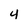
Character: 4